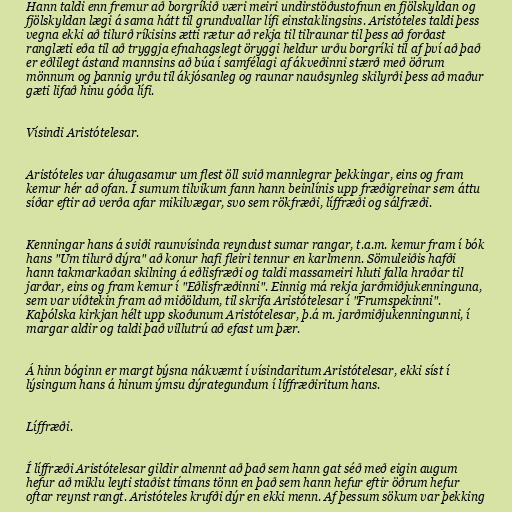
Hann taldi enn fremur að borgríkið væri meiri undirstöðustofnun en fjölskyldan og
fjölskyldan lægi á sama hátt til grundvallar lífi einstaklingsins. Aristóteles taldi þess
vegna ekki að tilurð ríkisins ætti rætur að rekja til tilraunar til þess að forðast
ranglæti eða til að tryggja efnahagslegt öryggi heldur urðu borgríki til af því að það
er eðlilegt ástand mannsins að búa í samfélagi af ákveðinni stærð með öðrum
mönnum og þannig yrðu til ákjósanleg og raunar nauðsynleg skilyrði þess að maður
gæti lifað hinu góða lífi.

Vísindi Aristótelesar.

Aristóteles var áhugasamur um flest öll svið mannlegrar þekkingar, eins og fram
kemur hér að ofan. Í sumum tilvikum fann hann beinlínis upp fræðigreinar sem áttu
síðar eftir að verða afar mikilvægar, svo sem rökfræði, líffræði og sálfræði.

Kenningar hans á sviði raunvísinda reyndust sumar rangar, t.a.m. kemur fram í bók
hans "Um tilurð dýra" að konur hafi fleiri tennur en karlmenn. Sömuleiðis hafði
hann takmarkaðan skilning á eðlisfræði og taldi massameiri hluti falla hraðar til
jarðar, eins og fram kemur í "Eðlisfræðinni". Einnig má rekja jarðmiðjukenninguna,
sem var víðtekin fram að miðöldum, til skrifa Aristótelesar í "Frumspekinni".
Kaþólska kirkjan hélt upp skoðunum Aristótelesar, þ.á m. jarðmiðjukenningunni, í
margar aldir og taldi það villutrú að efast um þær.

Á hinn bóginn er margt býsna nákvæmt í vísindaritum Aristótelesar, ekki síst í
lýsingum hans á hinum ýmsu dýrategundum í líffræðiritum hans.

Líffræði.

Í líffræði Aristótelesar gildir almennt að það sem hann gat séð með eigin augum
hefur að miklu leyti staðist tímans tönn en það sem hann hefur eftir öðrum hefur
oftar reynst rangt. Aristóteles krufði dýr en ekki menn. Af þessum sökum var þekking